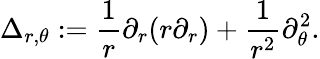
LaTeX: \Delta_{r,\theta}:=\frac{1}{r}\partial_{r}(r\partial_{r})+\frac{1}{r^{2}}\partial_{\theta}^{2}.